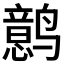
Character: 𱊰